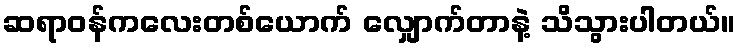
ဆရာဝန်ကလေးတစ်ယောက် လျှောက်တာနဲ့ သိသွားပါတယ်။